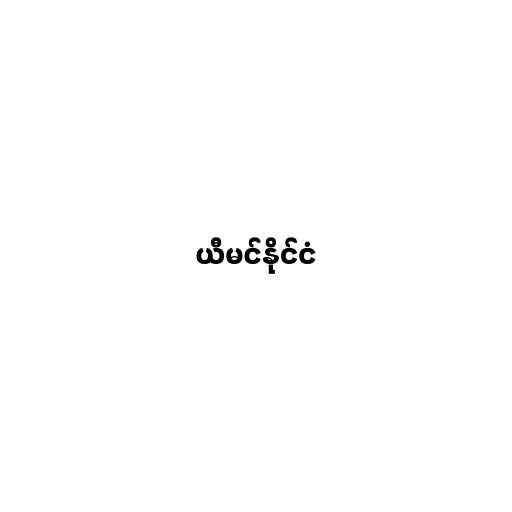
ယီမင်နိုင်ငံ